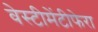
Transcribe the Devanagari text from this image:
वेस्टीमेंटीफेरा